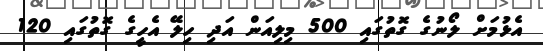
އެޅުމަށް ލޯނުގެ ގޮތުގައި 500 މިލިއަން އަދި ހިލޭ އެހީގެ ގޮތުގައި 120